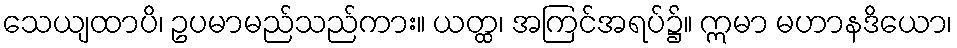
သေယျထာပိ၊ ဥပမာမည်သည်ကား။ ယတ္ထ၊ အကြင်အရပ်၌။ ဣမာ မဟာနဒိယော၊